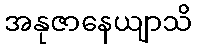
အနုဇာနေယျာသိ